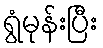
ရွံမုန်းပြီး